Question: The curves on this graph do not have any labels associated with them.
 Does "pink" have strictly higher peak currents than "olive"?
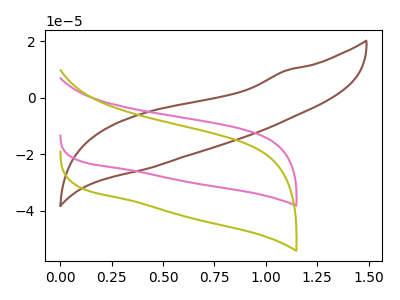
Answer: <think>The brown curve "brown" has no peaks. The pink curve "pink" has no peaks. The olive curve "olive" has no peaks.</think>
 <answer>Niether CV has any peaks.</answer>
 <eval>blanks</eval>